Report of the Municipal Commissioner on the plague in Bombay for the year ending 31st May... - Volume 3
Disease focus: Plague
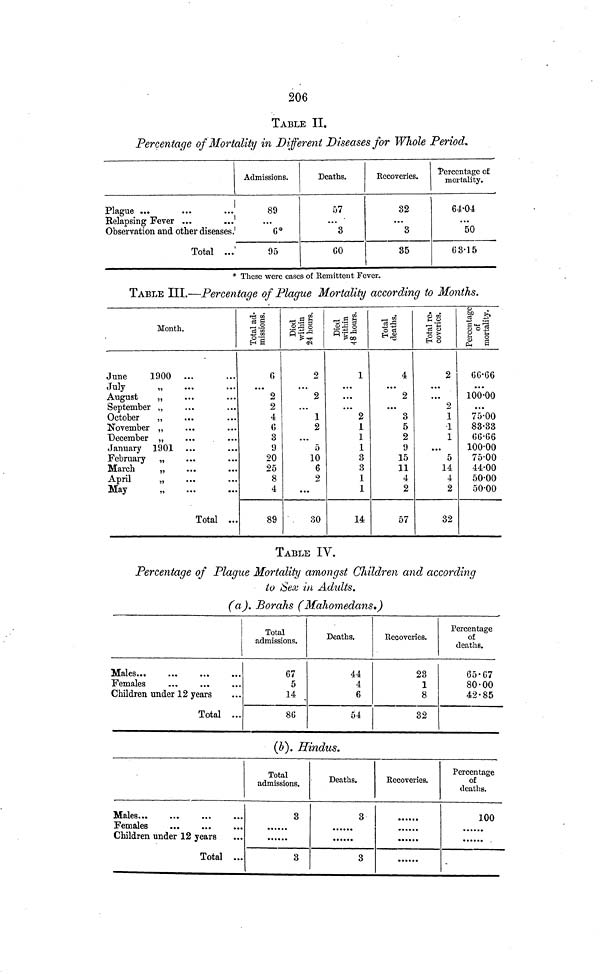
206
TABLE II,
Percentage of Mortality in Different Diseases for Whole Period,
Plague ...
Relapsing Fever ...
Observation and other diseases.
Total ...
Admissions.
89
6*
95
Deaths.
57
« • •
3
Recovcries.
32
...
3
35
Percentage of
mortality.
64·04
...
50
63·15
* These were cases of llemittent Fever.
TABLE III.—Percentage of Plague Mortality according to Months.
Month.
June
1900 ...
July
„
August
„
September „
October
„
November „
December „
January 1901
February „
March
„
April
May
„
Total ...
...
2
2
4
3
9
20
25
8
4
89
2
. ..
2
...
1
2
...
5
10
6
2
...
30
1
...
...
...
2
1
1
1
3
3
1
1
14
4
...
2
...
3
5
2
9
15
11
4
2
57
2
...
...
2
1
1
1
...
5
14
4
2
32
...
100·00
...
75·00
83·33
66·66
100·00
75·00
44·00
50·00
50·00
TABLE IV.
Percentage of Plague Mortality amongst Children and according
to Sex in Adults.
(a). Borahs (Mahomedans.)
Males...
Females
Children under 12 years
Total ...
Total
admissions.
67
5
14
86
Deaths.
44
4
6
54
Recoveries.
23
1
8
32
Percentage
of
deaths.
65·67
80·00
42·85
(b). Hindus.
Males...
Females
Children under 12 years
Total ...
Total
admissions.
3
3
Deaths.
3
3
Kecoveries.
Percentage
of
deaths.
100
-